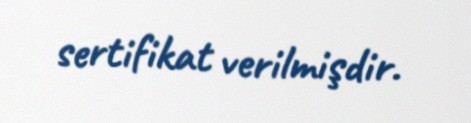
sertifikat verilmişdir.